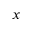
x